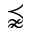
\precnapprox